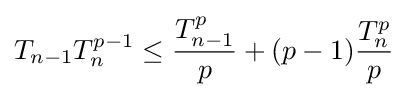
T_{n-1}T_{n}^{p-1}\leq {\frac {T_{n-1}^{p}}{p}}+(p-1){\frac {T_{n}^{p}}{p}}